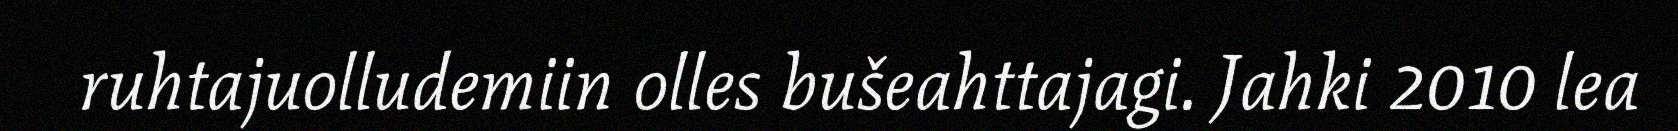
ruhtajuolludemiin olles bušeahttajagi. Jahki 2010 lea